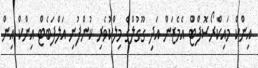
އިންކް މައިކްރޯސޮފްޓް އެމެޒަން އަދި ގޫގުލްގެ މިލްކުވެރި ކުންފުނި އަލްފަބެޓް އިންކް އިން